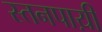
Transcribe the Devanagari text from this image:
स्तनपाय़ी